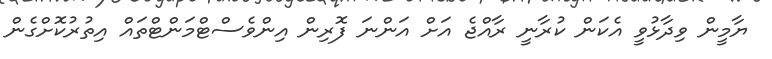
ޔާމީން ވިދާޅުވީ އެކަން ކުރާނީ ރާއްޖެ އަށް އަންނަ ފޮރިން އިންވެސްޓްމަންޓްތައް އިތުރުކޮށްގެން